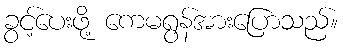
ခွင့်ပေးဖို့ ကေမရွန်အားပြောသည်။